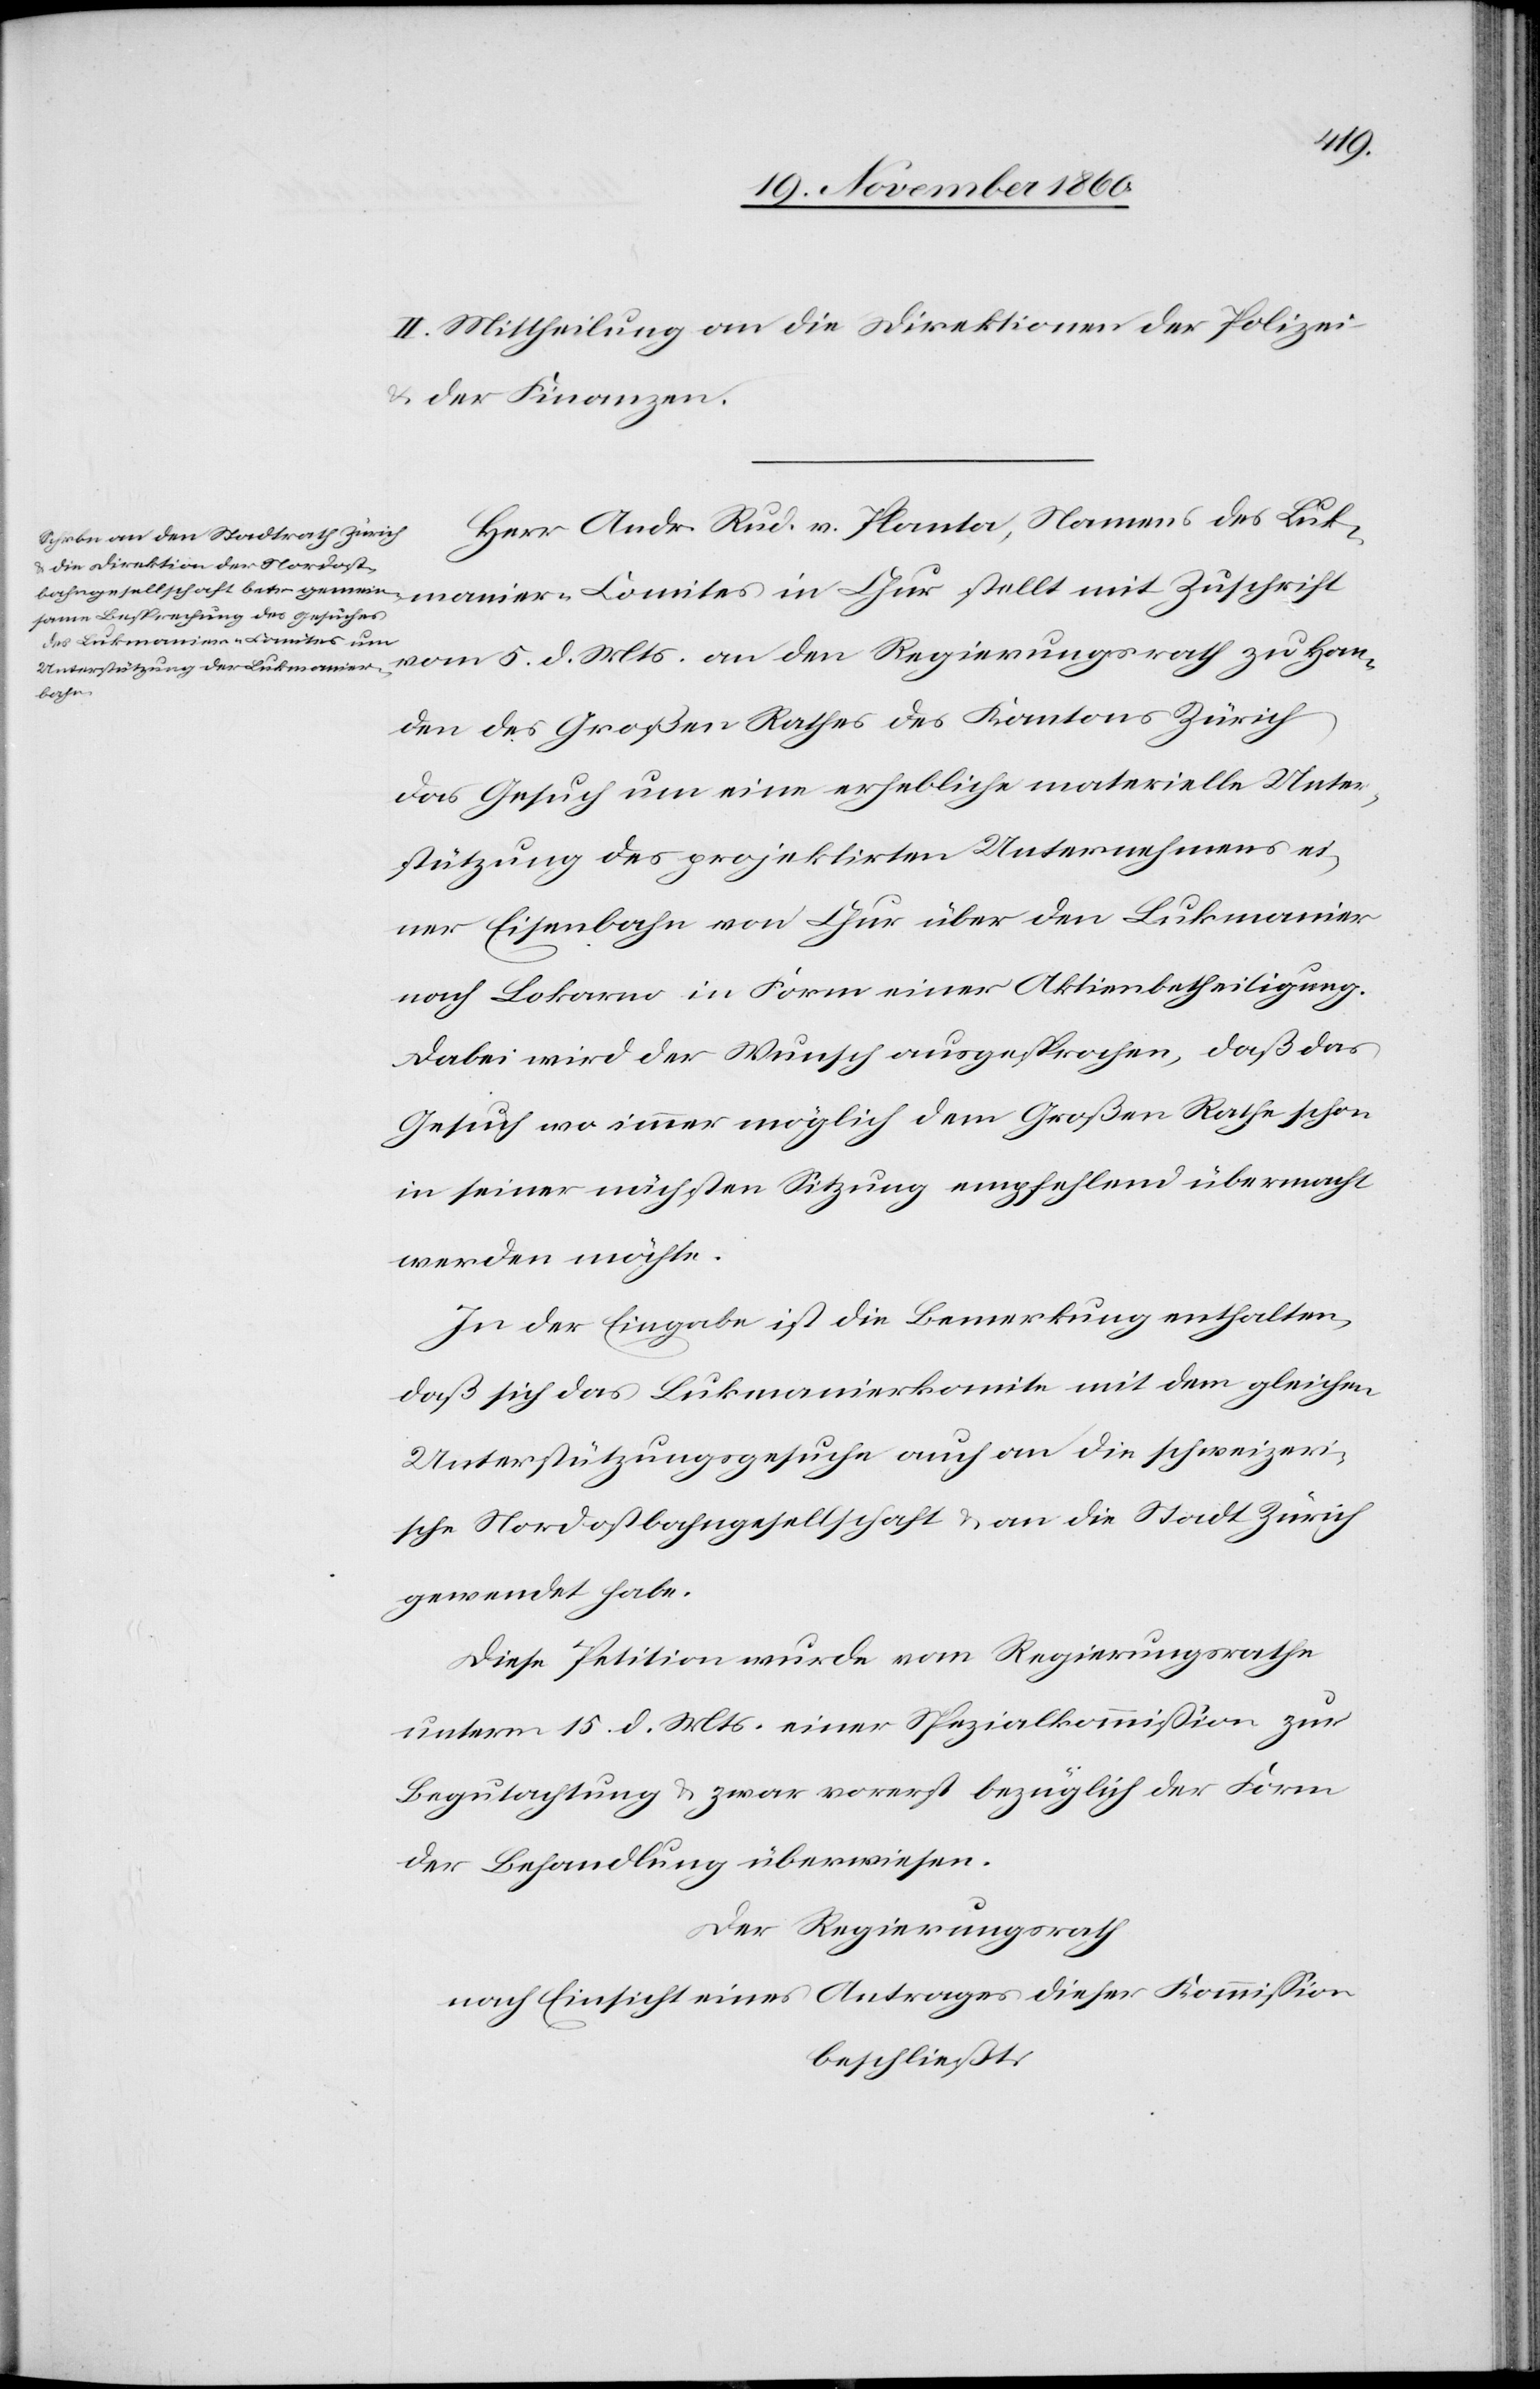
Mts.
II. Mittheilung an die Direktionen der Polizei
u. der Finanzen.
Herr Andr. Rud. v. Planta, Namens des
Han¬
den des Großen Rathes des Kantons Zürich
das Gesuch um eine erhebliche materielle Unter¬
stützung des projektirten Unternehmens ei¬
ner Eisenbahn von Chur über den Lukmanier
nach Lokarno in Form einer Aktienbetheiligung.
Dabei wird der Wunsch ausgesprochen, daß das
Gesuch wo immer möglich dem Großen Rahe schon
in seiner nächsten Sitzung empfehlend übermacht
werden möchte.
In der Eingabe ist die Bemerkung enthalten,
daß sich das Lukmanierkomite mit dem gleichen
Unterstützungsgesuche auch an die schweizeri¬
sche Nordostbahngesellschaft u. an die Stadt Zürich
gewendet habe.
Diese Petition wurde vom Regierungsrathe
unterm 15. d. Mts. einer Spezialkommission zur
Begutachtung u. zwar vorerst bezüglich der Form
der Behandlung überwiesen.
Der Regierungsrath
nach Einsicht eines Antrages dieser Kommission
beschließt: